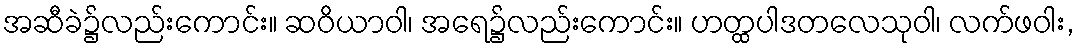
အဆီခဲ၌လည်းကောင်း။ ဆဝိယာဝါ၊ အရေ၌လည်းကောင်း။ ဟတ္ထပါဒတလေသုဝါ၊ လက်ဖဝါး,